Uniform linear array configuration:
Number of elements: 64
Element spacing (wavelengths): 0.25
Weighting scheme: binomial
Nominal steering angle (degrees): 15
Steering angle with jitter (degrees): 16.417
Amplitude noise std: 0.05
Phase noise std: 0.05

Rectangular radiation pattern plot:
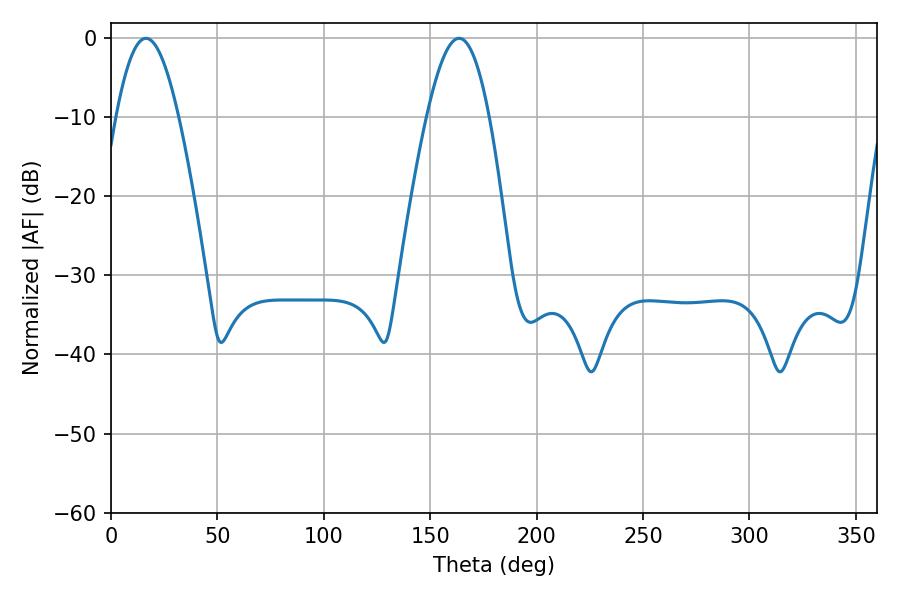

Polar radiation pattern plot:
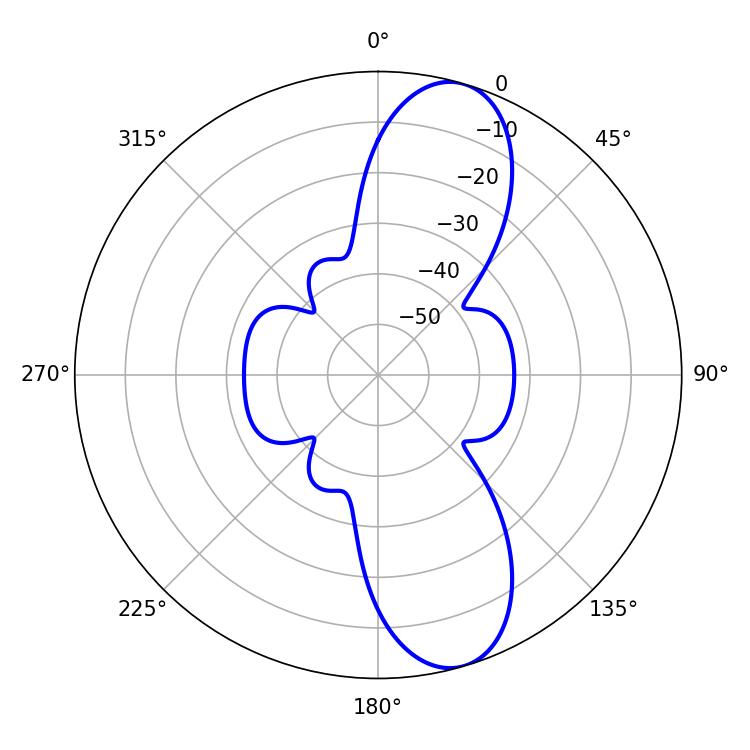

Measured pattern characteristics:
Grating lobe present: FALSE
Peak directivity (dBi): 10.637
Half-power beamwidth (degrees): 15.84
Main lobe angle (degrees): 16.38